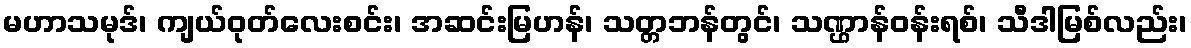
မဟာသမုဒ်၊ ကျယ်ဝုတ်လေးစင်း၊ အဆင်းမြဟန်၊ သတ္တဘန်တွင်၊ သဏ္ဌာန်ဝန်းရစ်၊ သီဒါမြစ်လည်း၊